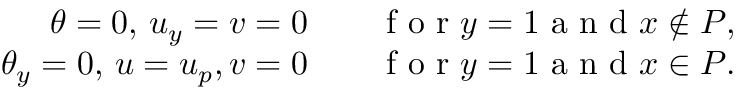
\begin{array} { r l } { \theta = 0 , \, u _ { y } = v = 0 \quad } & { { } \mathrm { ~ f ~ o ~ r ~ } y = 1 \mathrm { ~ a ~ n ~ d ~ } x \notin P , } \\ { \theta _ { y } = 0 , \, u = u _ { p } , v = 0 \quad } & { { } \mathrm { ~ f ~ o ~ r ~ } y = 1 \mathrm { ~ a ~ n ~ d ~ } x \in P . } \end{array}